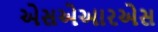
એસએઆરએસ